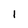
Character: l